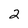
Character: 2